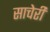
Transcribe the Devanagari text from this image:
साचेरी